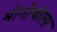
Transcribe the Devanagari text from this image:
मोनोचोत्स